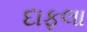
દાફલા